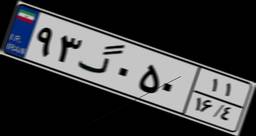
۹۳گ۰۵۰۱۱